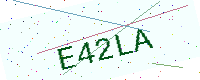
Text: E42LA